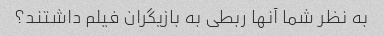
به نظر شما آنها ربطی به بازیگران فیلم داشتند؟